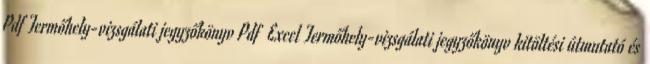
Pdf Termőhely-vizsgálati jegyzőkönyv Pdf Excel Termőhely-vizsgálati jegyzőkönyv kitöltési útmutató és